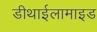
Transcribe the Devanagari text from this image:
डीथाईलामाइड